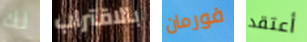
لك بالاقتراب فورمان أعتقد